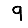
Digit: 9